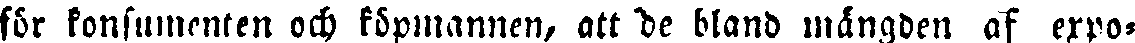
för konsumenten och köpmannen, att de bland mängden af expo-